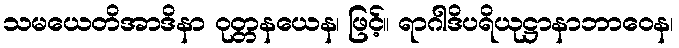
သမယေတိအာဒိနာ ဝုတ္တနယေန၊ ဖြင့်။ ရာဂါဒိပရိယုဋ္ဌာနာဘာဝေန၊